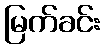
မြက်ခင်း